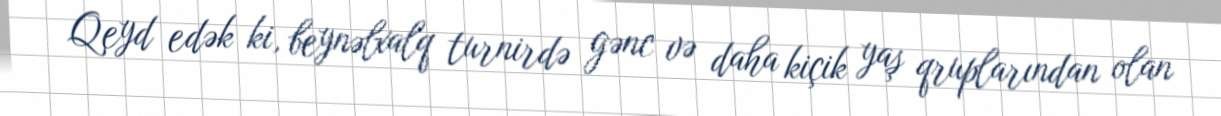
Qeyd edək ki, beynəlxalq turnirdə gənc və daha kiçik yaş qruplarından olan